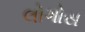
લોગોસ